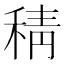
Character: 𮃇